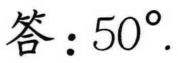
答：\(50^{\circ}\).